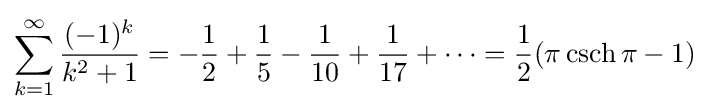
\sum _{k=1}^{\infty }{\frac {(-1)^{k}}{k^{2}+1}}=-{\frac {1}{2}}+{\frac {1}{5}}-{\frac {1}{10}}+{\frac {1}{17}}+\cdots ={\frac {1}{2}}(\pi \operatorname {csch} \pi -1)